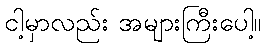
ငါ့မှာလည်း အများကြီးပေါ့။